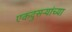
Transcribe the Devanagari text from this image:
एकदुसऱ्यांच्या